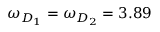
\omega _ { D _ { 1 } } = \omega _ { D _ { 2 } } = 3 . 8 9